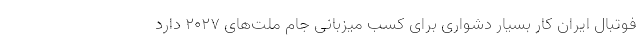
فوتبال ایران کار بسیار دشواری برای کسب میزبانی جام ملت‌های 2027 دارد